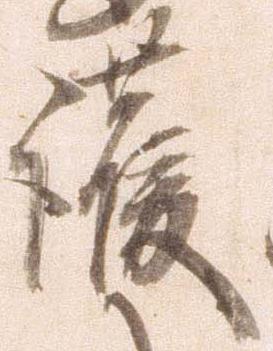
護